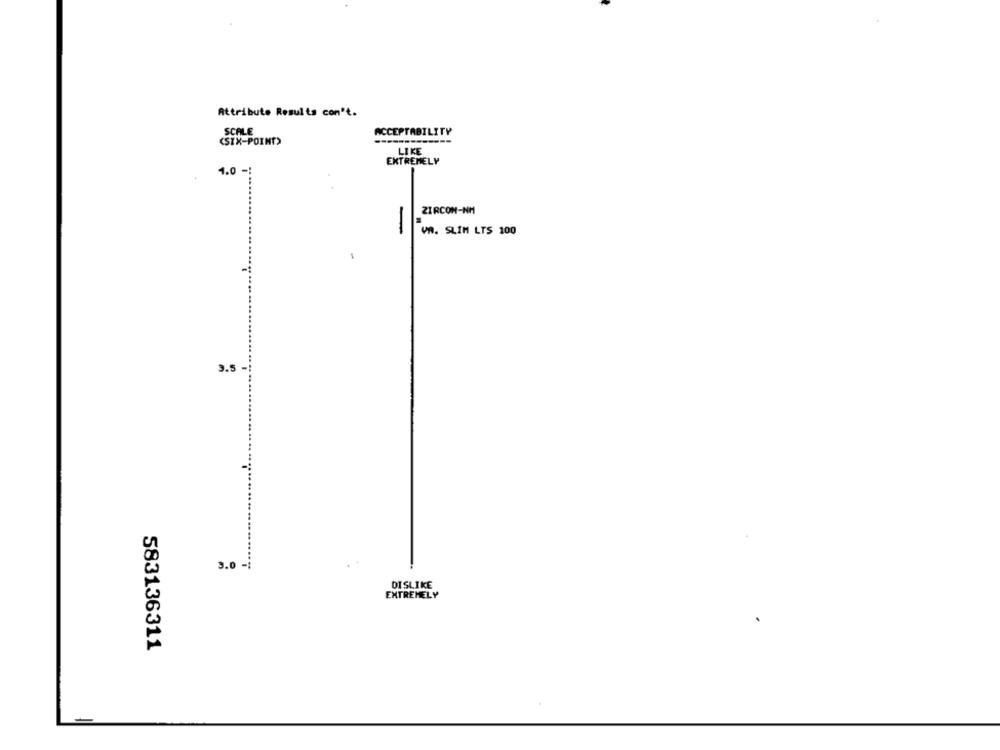
Attribute Results com't.
SCALE
ACCEPTABILITY
(SIX-POINT)
LIKE
EXTREMELY
1.0 -:
ZIRCON-NH
-
VA. SLIM LTS 100
1
9.5
3.0 -;
DISLIKE
EXTREMELY
583136311